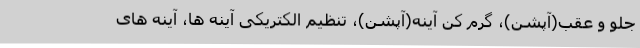
جلو و عقب(آپشن)، گرم کن آینه(آپشن)، تنظیم الکتریکی آینه ها، آینه های